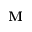
\mathbf { M }